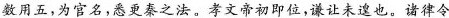
数用五，为官名，悉更秦之法。孝文帝初即位，谦让未遑也。诸律令